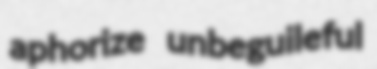
aphorize unbeguileful